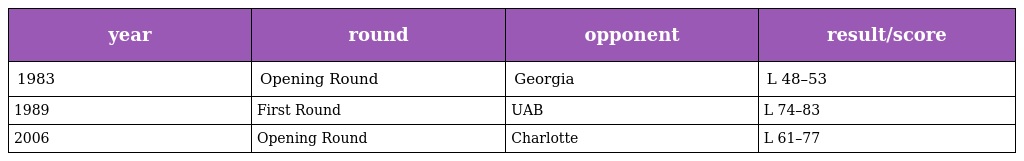
| year | round | opponent | result/score |
 | --- | --- | --- | --- |
 | 1983 | Opening Round | Georgia | L 48–53 |
 | 1989 | First Round | UAB | L 74–83 |
 | 2006 | Opening Round | Charlotte | L 61–77 |